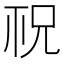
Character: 𥘱